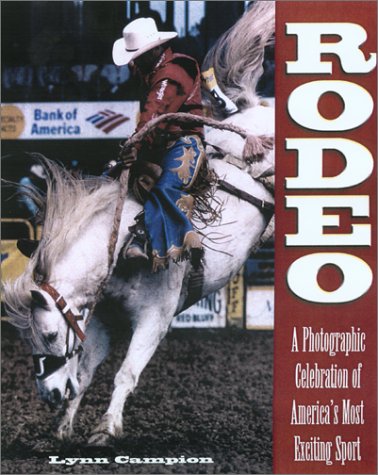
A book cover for Rodeo: Behind The Scenes at America's Most Exciting Sport; Lynn Campion; Sports & Outdoors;